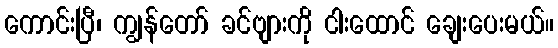
ကောင်းပြီ၊ ကျွန်တော် ခင်ဗျားကို ငါးထောင် ချေးပေးမယ်။